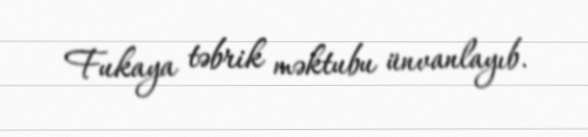
Fukaya təbrik məktubu ünvanlayıb.